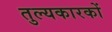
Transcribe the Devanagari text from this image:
तुल्यकारकों